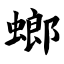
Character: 螂